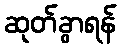
ဆုတ်ခွာရန်